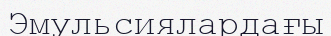
Эмульсиялардағы